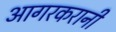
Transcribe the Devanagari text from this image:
आगरकरानी